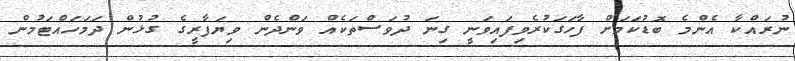
ނުރައްކާ އެންމެ ބޮޑުކަމަށް ފާހަގަކުރެވިފައިވަނީ ގިނަ ދުވަސްތަކެއް ވަންދެން ވިޔަފާރީގެ ގުޅުން ދަމަހައްޓަމުން